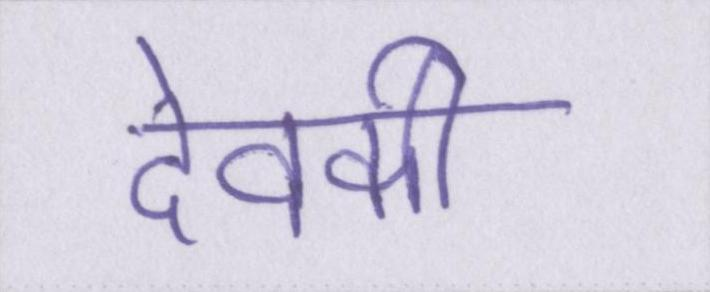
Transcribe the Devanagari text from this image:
देवकी